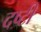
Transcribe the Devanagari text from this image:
दष्टी